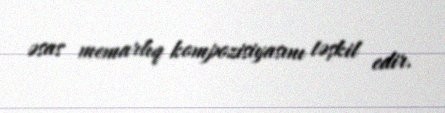
əsas memarlıq kompozisiyasını təşkil edir.